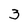
Character: 3